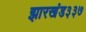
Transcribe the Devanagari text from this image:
झारखंड३३७